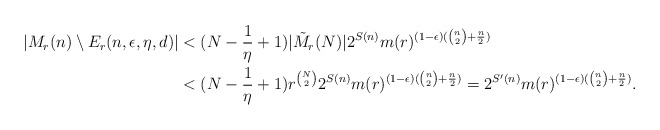
\begin{align*} |M_r(n)\setminus E_r(n, \epsilon, \eta, d)|&<(N-\frac{1}{\eta}+1) |\tilde{M}_r(N)| 2^{S(n)} m(r)^{(1-\epsilon)({n\choose 2} +\frac{n}{2})} \\ &< (N-\frac{1}{\eta}+1)r^{{N \choose 2}} 2^{S(n)} m(r)^{(1-\epsilon)({n\choose 2} +\frac{n}{2})} = 2^{S'(n)}m(r)^{(1-\epsilon)({n\choose 2} +\frac{n}{2})}.\end{align*}